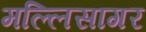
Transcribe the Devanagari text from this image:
मल्लिसागर